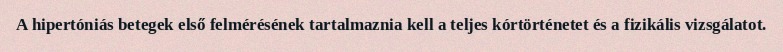
A hipertóniás betegek első felmérésének tartalmaznia kell a teljes kórtörténetet és a fizikális vizsgálatot.